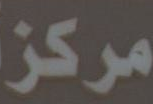
مرکز